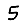
Digit: 5